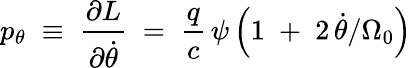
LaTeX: p_{\theta}\; \equiv\; \frac{\partial L}{\partial\dot{\theta}}\; =\; \frac{q}{c}\, \psi\left(1\; +\; 2\, \dot{\theta}/\Omega_{0}\right)